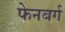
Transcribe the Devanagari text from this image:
फेनबर्ग